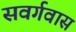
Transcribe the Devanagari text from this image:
सवर्गवास